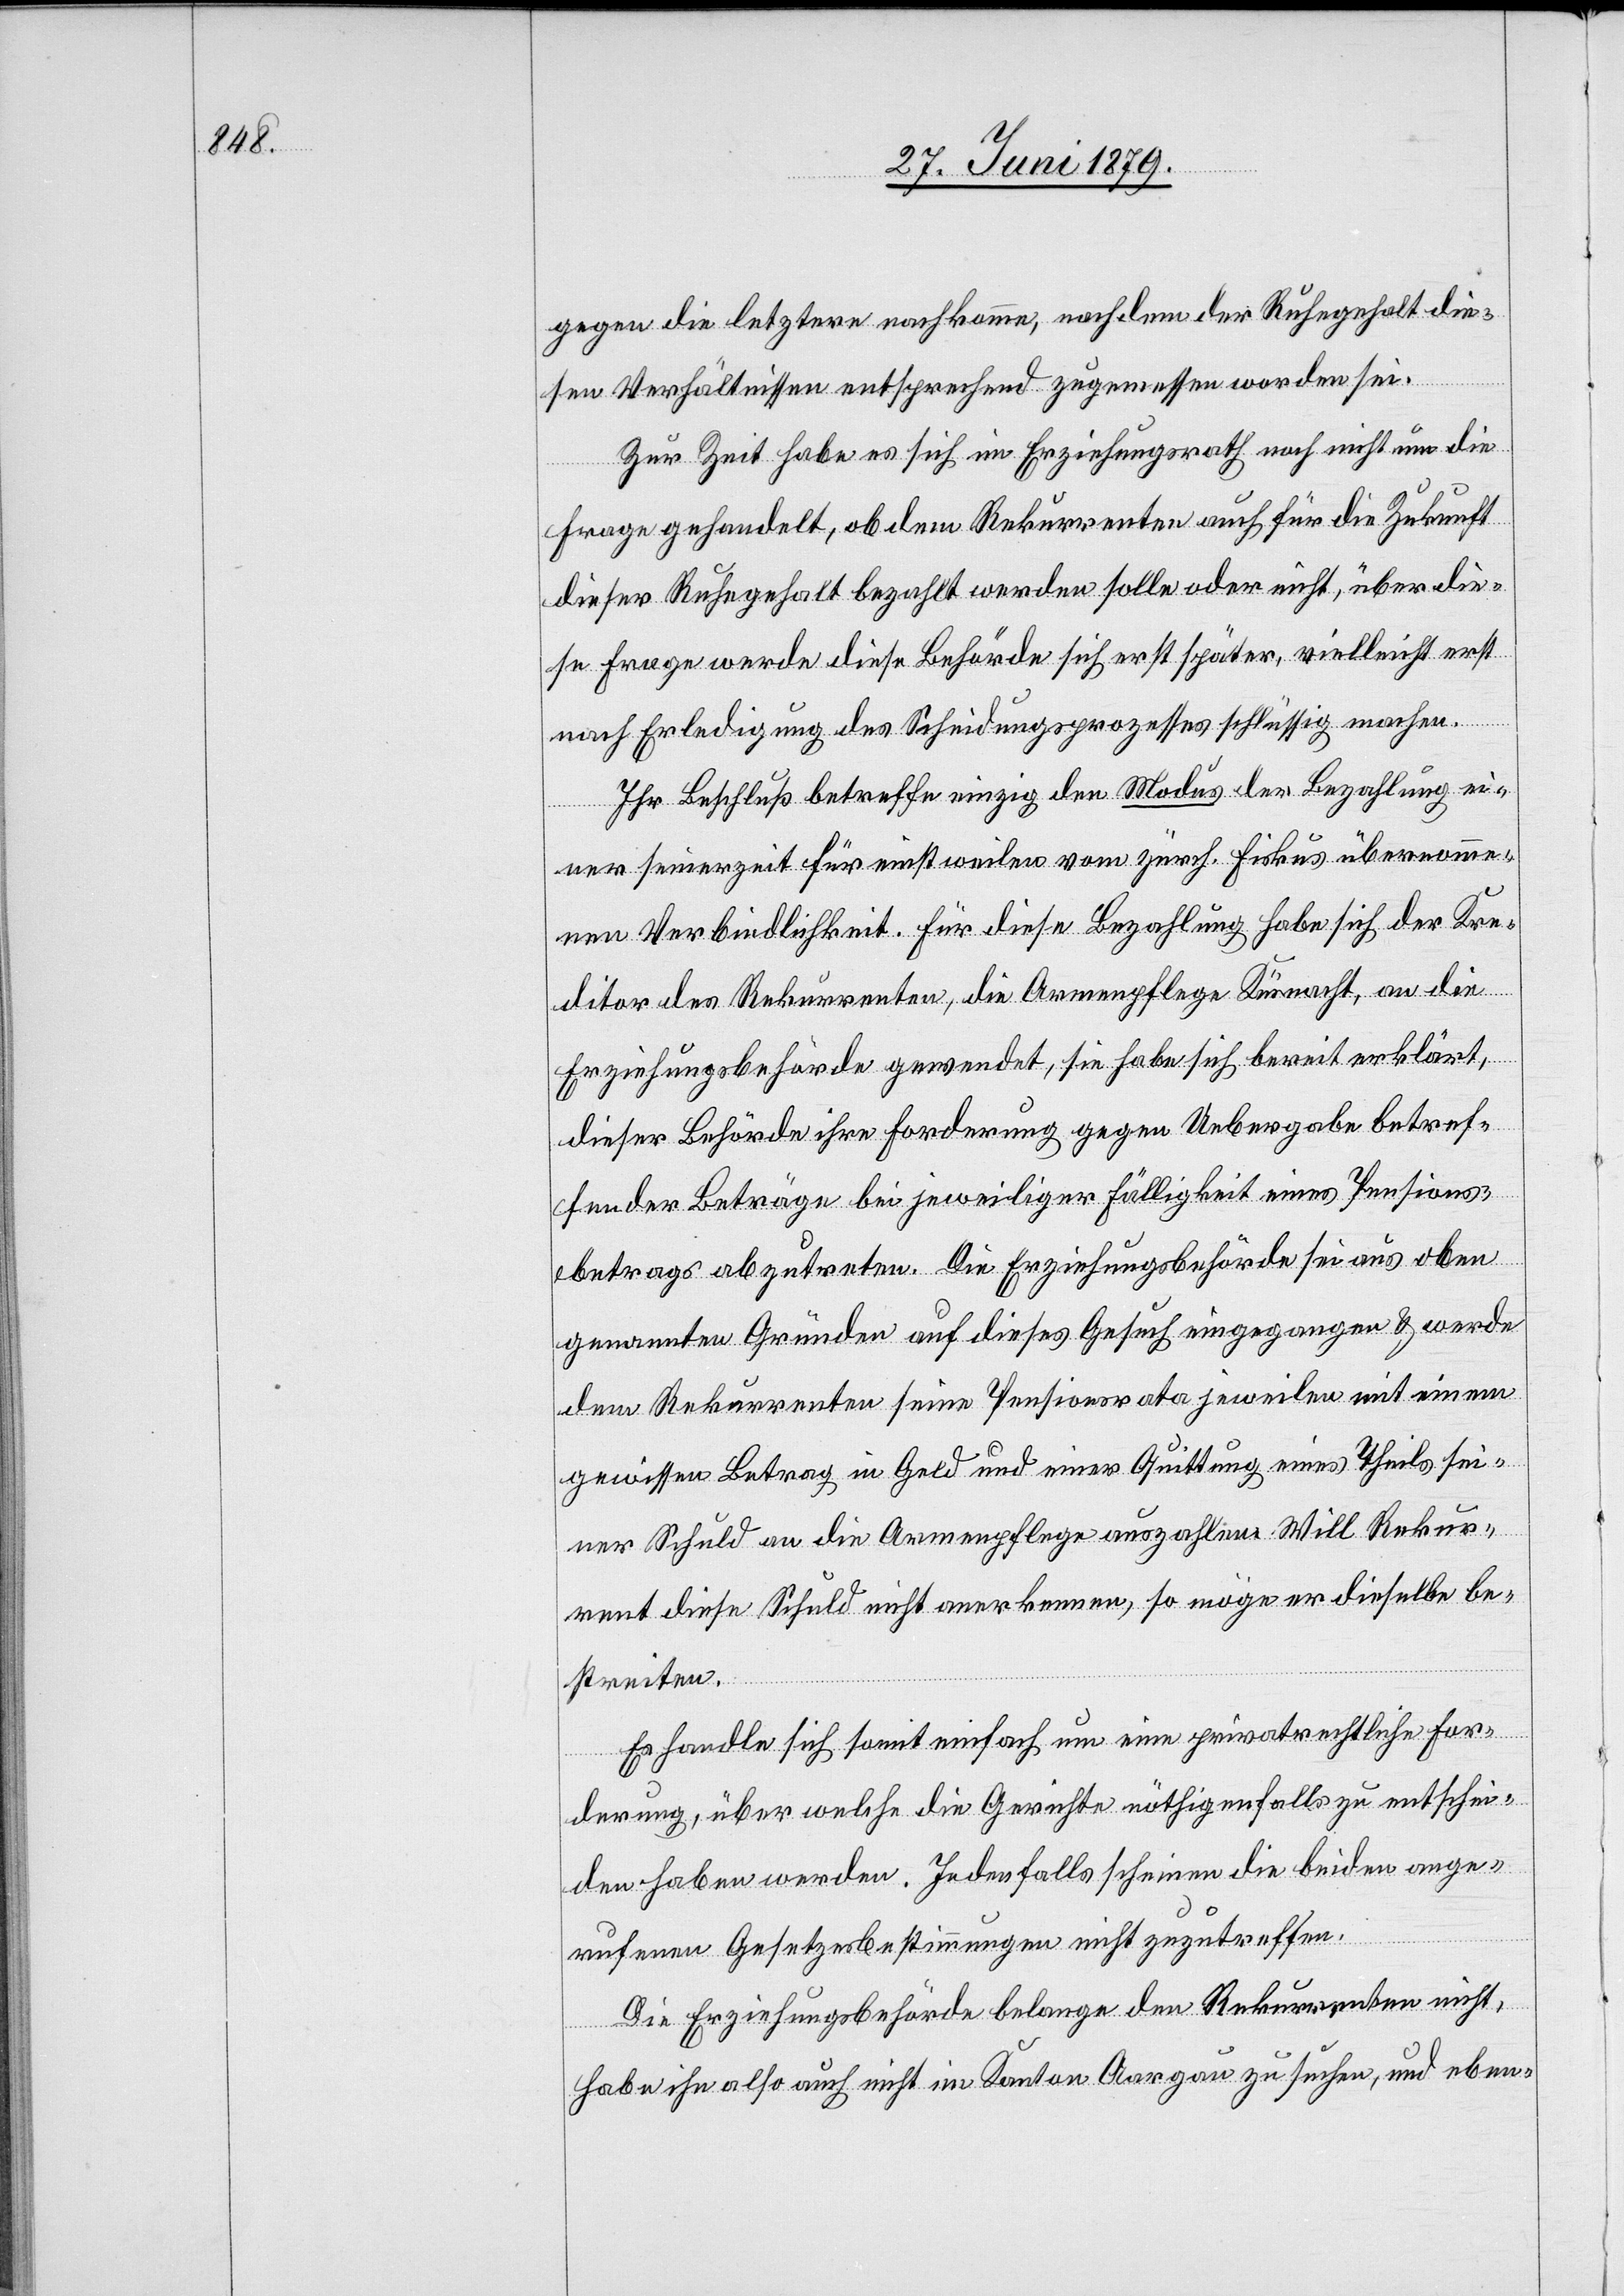
gegen die letztere nachkomme, nachdem der Ruhegehalt die¬
sen Verhältnissen entsprechend zugemessen worden sei.
Zur Zeit habe es sich im Erziehungsrath noch nicht um die
Frage gehandelt, ob dem Rekurrenten auch für die Zukunft
dieser Ruhegehalt bezahlt werden solle oder nicht, über die¬
se Frage werde diese Behörde sich erst später, vielleicht erst
nach Erledigung des Scheidungsprozesses schlüssig machen.
Ihr Beschluß betreffe einzig den Modus der Bezahlung ei¬
ner seinerzeit für einstweilen vom zürch. Fiskus übernomme¬
nen Verbindlichkeit. Für diese Bezahlung habe sich der Kre¬
ditor des Rekurrenten, die Armenpflege Küsnacht, an die
Erziehungsbehörde gewendet, sie habe sich bereit erklärt,
dieser Behörde ihre Forderung gegen Uebergabe betref¬
fender Beträge bei jeweiliger Fälligkeit eines Pensions¬
betrags abzutreten. Die Erziehungsbehörde sei aus oben
genannten Gründen auf dieses Gesuch eingegangen & werde
dem Rekurrenten seine Pensionsrata jeweilen mit einem
gewissen Betrag in Geld und einer Quittung eines Theils sei¬
ner Schuld an die Armenpflege auszahlen. Will Rekur¬
rent diese Schuld nicht anerkennen, so möge er dieselbe be¬
streiten.
Es handle sich somit einfach um eine privatrechtliche For¬
derung, über welche die Gerichte nöthigenfalls zu entschei¬
den haben werden. Jedenfalls scheinen die beiden ange¬
rufenen Gesetzesbestimmungen nicht zuzutreffen.
Die Erziehungsbehörde belange den Rekurrenten nicht,
habe ihn also auch nicht im Kanton Aargau zu suchen, und eben-